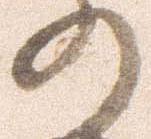
の